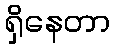
ရှိနေတာ